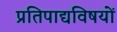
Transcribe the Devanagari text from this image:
प्रतिपाद्यविषयों